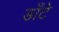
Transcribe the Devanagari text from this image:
डाँटे